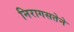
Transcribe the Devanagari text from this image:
निरागसतेने